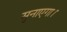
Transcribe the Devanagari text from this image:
सुनाएगा।